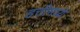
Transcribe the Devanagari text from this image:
हत्तीमध्ये